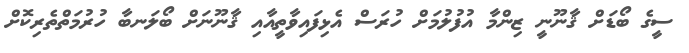
ސީގެ ބޯޑަށް ޤާނޫނީ ޒިންމާ އުފުލުމަށް ހުރަސް އެޅިފައިވާތީއާއި ޤާނޫނަށް ބޯލަނބާ ހުރުމަތްތެރިކޮށް